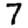
Digit: 7